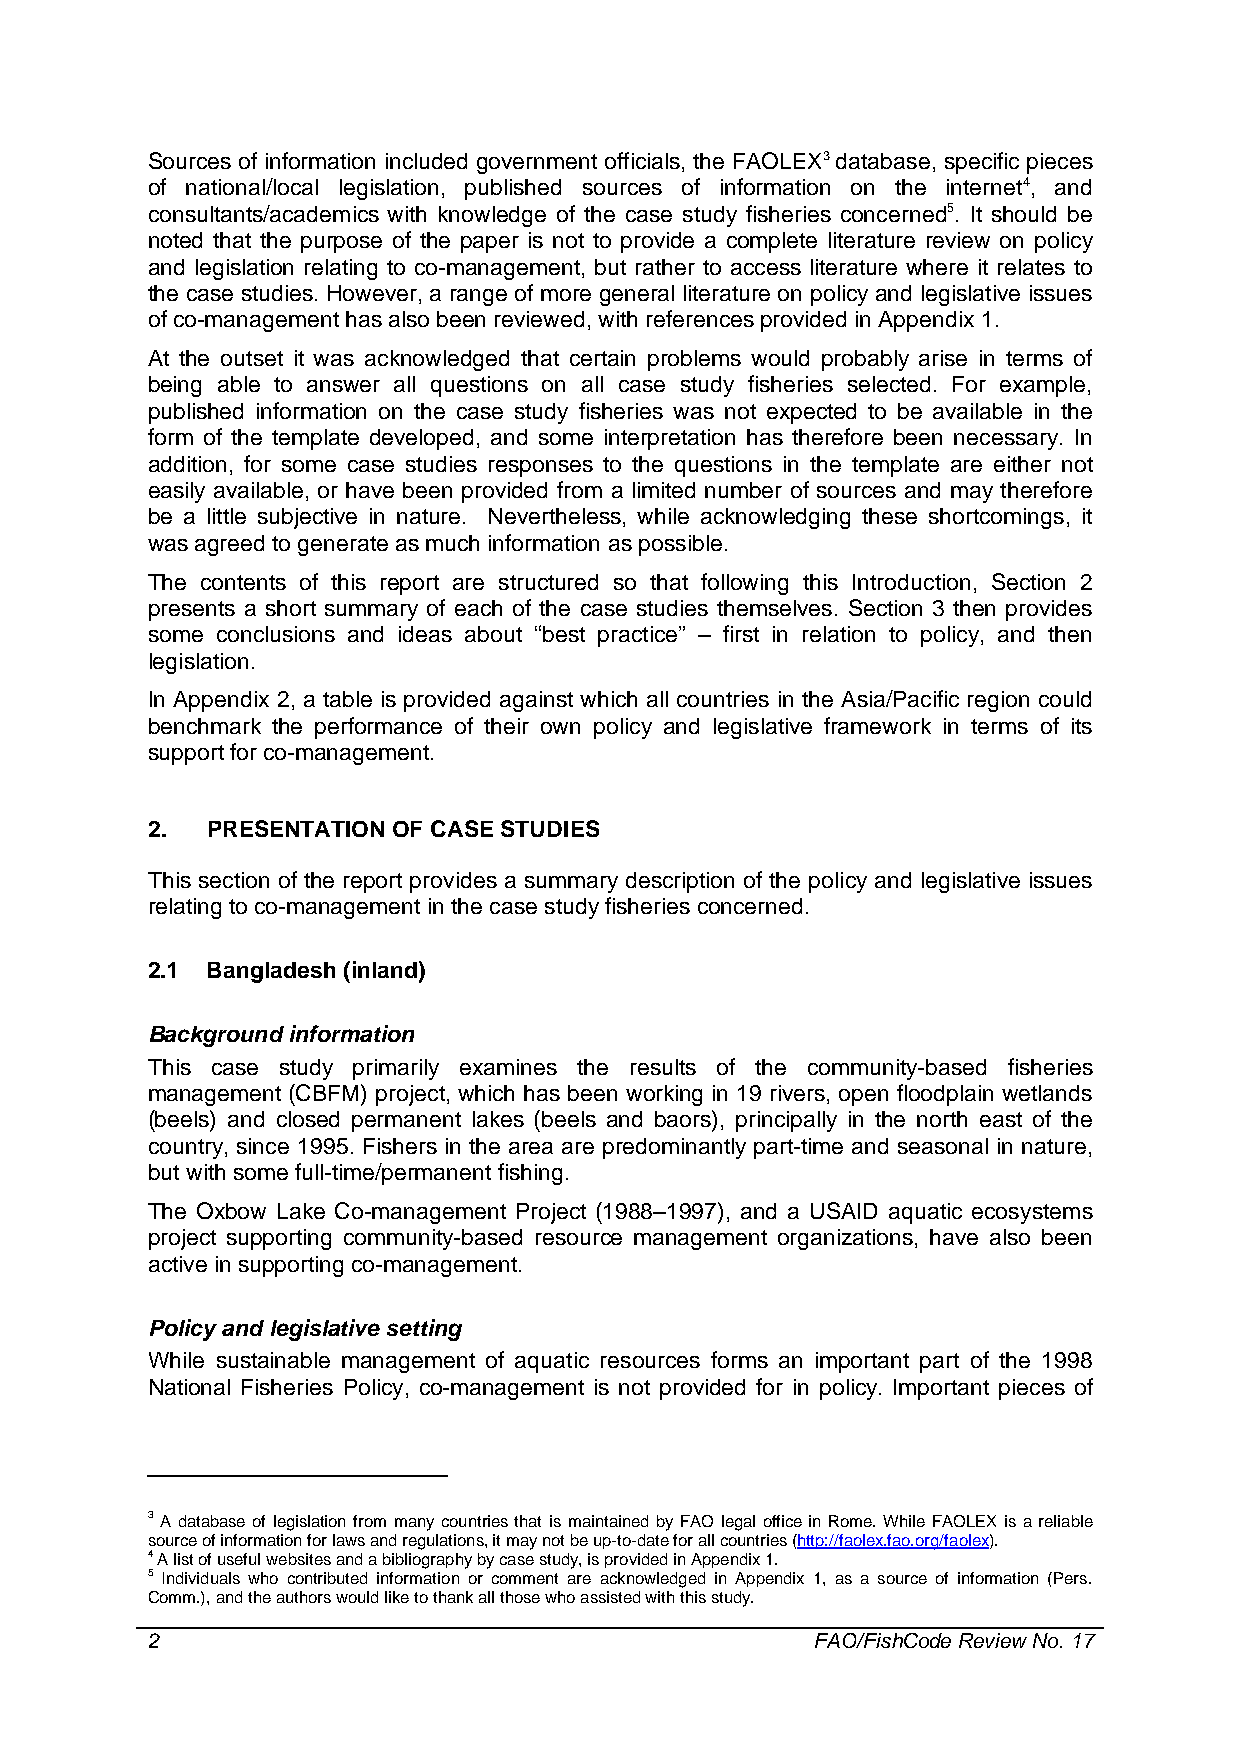
Sources of information included government officials, the FAOLEX3 database, specific pieces
 of national/local legislation, published sources of information on the internet4, and
 consultants/academics with knowledge of the case study fisheries concerned5. It should be
 noted that the purpose of the paper is not to provide a complete literature review on policy
 and legislation relating to co-management, but rather to access literature where it relates to
 the case studies. However, a range of more general literature on policy and legislative issues
 of co-management has also been reviewed, with references provided in Appendix 1.
 At the outset it was acknowledged that certain problems would probably arise in terms of
 being able to answer all questions on all case study fisheries selected. For example,
 published information on the case study fisheries was not expected to be available in the
 form of the template developed, and some interpretation has therefore been necessary. In
 addition, for some case studies responses to the questions in the template are either not
 easily available, or have been provided from a limited number of sources and may therefore
 be a little subjective in nature. Nevertheless, while acknowledging these shortcomings, it
 was agreed to generate as much information as possible.
 The contents of this report are structured so that following this Introduction, Section 2
 presents a short summary of each of the case studies themselves. Section 3 then provides
 some conclusions and ideas about “best practice” – first in relation to policy, and then
 legislation.
 In Appendix 2, a table is provided against which all countries in the Asia/Pacific region could
 benchmark the performance of their own policy and legislative framework in terms of its
 support for co-management.
 2.  PRESENTATION OF CASE STUDIES
 This section of the report provides a summary description of the policy and legislative issues
 relating to co-management in the case study fisheries concerned.
 2.1 Bangladesh (inland)
 Background information
 This case study primarily examines the results of the community-based fisheries
 management (CBFM) project, which has been working in 19 rivers, open floodplain wetlands
 (beels) and closed permanent lakes (beels and baors), principally in the north east of the
 country, since 1995. Fishers in the area are predominantly part-time and seasonal in nature,
 but with some full-time/permanent fishing.
 The Oxbow Lake Co-management Project (1988–1997), and a USAID aquatic ecosystems
 project supporting community-based resource management organizations, have also been
 active in supporting co-management.
 Policy and legislative setting
 While sustainable management of aquatic resources forms an important part of the 1998
 National Fisheries Policy, co-management is not provided for in policy. Important pieces of
 3 A database of legislation from many countries that is maintained by FAO legal office in Rome. While FAOLEX is a reliable
 source of information for laws and regulations, it may not be up-to-date for all countries (http://faolex.fao.org/faolex).
 4 A list of useful websites and a bibliography by case study, is provided in Appendix 1.
 5 Individuals who contributed information or comment are acknowledged in Appendix 1, as a source of information (Pers.
 Comm.), and the authors would like to thank all those who assisted with this study.
 2                                           FAO/FishCode Review No. 17